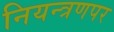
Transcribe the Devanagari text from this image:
नियन्त्रणपर